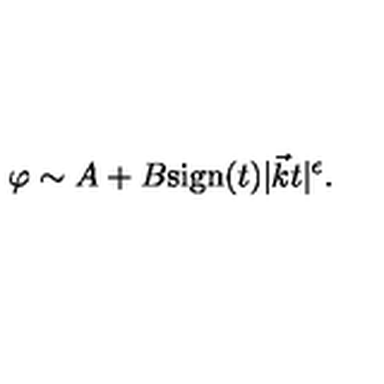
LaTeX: \varphi \sim A + B \mathrm { s i g n } ( t ) | \vec { k } t | ^ { \epsilon } .